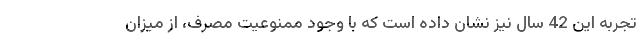
تجربه این 42 سال نیز نشان داده است که با وجود ممنوعیت مصرف، از میزان